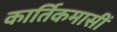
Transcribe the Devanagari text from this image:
कार्तिकमासीं